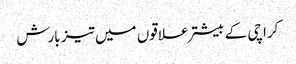
کراچی کے بیشتر علاقوں میں تیز بارش